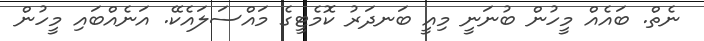
ނެތް. ބައެއް މީހުން ބުނަނީ މިއީ ބަނދަރު ކޮމެޓީގެ މައްސަލައެކޭ. އަނެއްބައި މީހުން